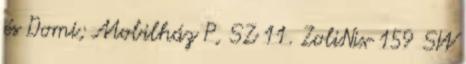
és Domi; Mobilház P, SZ 11. ZoliNix 159 SW